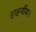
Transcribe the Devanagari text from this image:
सहनीय।